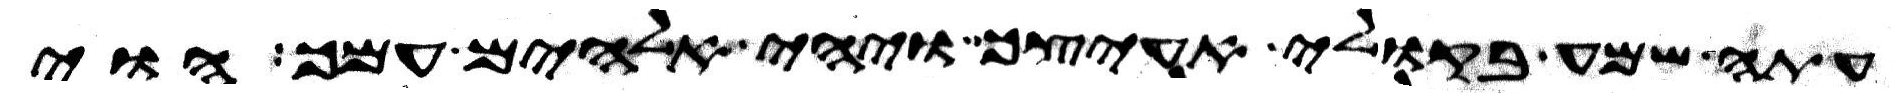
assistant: עתה שמע בקולי אעיצך ויהי אלהים עמך הוי